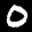
Label: 0